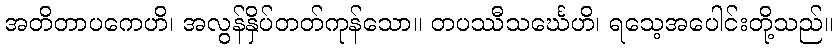
အတိတာပကေဟိ၊ အလွန်နှိပ်တတ်ကုန်သော။ တပဿီသင်္ဃေဟိ၊ ရသေ့အပေါင်းတို့သည်။